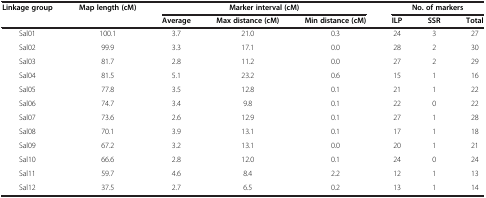
| <ROWSPAN=2> Linkage group | <ROWSPAN=2> Map length (cM) | <COLSPAN=3> Marker interval (cM) | <COLSPAN=3> No. of markers |
 | Average | Max distance (cM) | Min distance (cM) | ILP | SSR | Total |
 | --- | --- | --- | --- | --- | --- | --- | --- |
 | Sal01 | 100.1 | 3.7 | 21.0 | 0.3 | 24 | 3 | 27 |
 | Sal02 | 99.9 | 3.3 | 17.1 | 0.0 | 28 | 2 | 30 |
 | Sal03 | 81.7 | 2.8 | 11.2 | 0.0 | 27 | 2 | 29 |
 | Sal04 | 81.5 | 5.1 | 23.2 | 0.6 | 15 | 1 | 16 |
 | Sal05 | 77.8 | 3.5 | 12.8 | 0.1 | 21 | 1 | 22 |
 | Sal06 | 74.7 | 3.4 | 9.8 | 0.1 | 22 | 0 | 22 |
 | Sal07 | 73.6 | 2.6 | 12.9 | 0.1 | 27 | 1 | 28 |
 | Sal08 | 70.1 | 3.9 | 13.1 | 0.1 | 17 | 1 | 18 |
 | Sal09 | 67.2 | 3.2 | 13.1 | 0.0 | 20 | 1 | 21 |
 | Sal10 | 66.6 | 2.8 | 12.0 | 0.1 | 24 | 0 | 24 |
 | Sal11 | 59.7 | 4.6 | 8.4 | 2.2 | 12 | 1 | 13 |
 | Sal12 | 37.5 | 2.7 | 6.5 | 0.2 | 13 | 1 | 14 |